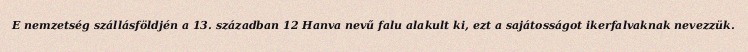
E nemzetség szállásföldjén a 13. században 12 Hanva nevű falu alakult ki, ezt a sajátosságot ikerfalvaknak nevezzük.